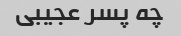
چه پسر عجیبی